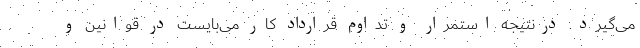
می‌گیرد. درنتیجه استمرار و تداوم قرارداد کار می‌بایست در قوانین و